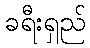
ခရီးရှည်